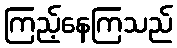
ကြည့်နေကြသည်